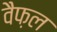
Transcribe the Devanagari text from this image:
वैफ़ल